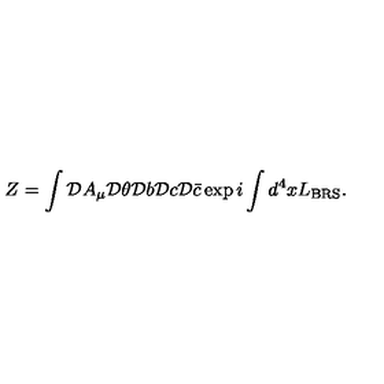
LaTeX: Z = \int { \cal D } A _ { \mu } { \cal D } \theta { \cal D } b { \cal D } c { \cal D } \bar { c } \exp i \int d ^ { 4 } x L _ { \mathrm { B R S } } .